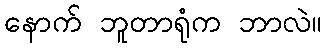
နောက် ဘူတာရုံက ဘာလဲ။